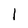
Character: l